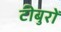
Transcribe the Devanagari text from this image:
टीबुरों